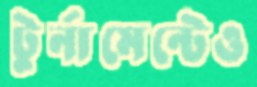
টুর্নামেন্টেও